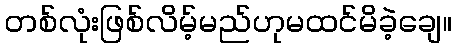
တစ်လုံးဖြစ်လိမ့်မည်ဟုမထင်မိခဲ့ချေ။